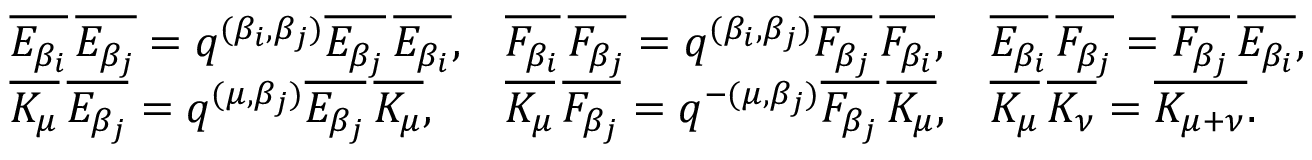
\begin{array} { l l l } { \overline { { E _ { \beta _ { i } } } } \, \overline { { E _ { \beta _ { j } } } } = q ^ { ( \beta _ { i } , \beta _ { j } ) } \overline { { E _ { \beta _ { j } } } } \, \overline { { E _ { \beta _ { i } } } } , } & { \overline { { F _ { \beta _ { i } } } } \, \overline { { F _ { \beta _ { j } } } } = q ^ { ( \beta _ { i } , \beta _ { j } ) } \overline { { F _ { \beta _ { j } } } } \, \overline { { F _ { \beta _ { i } } } } , } & { \overline { { E _ { \beta _ { i } } } } \, \overline { { F _ { \beta _ { j } } } } = \overline { { F _ { \beta _ { j } } } } \, \overline { { E _ { \beta _ { i } } } } , } \\ { \overline { { K _ { \mu } } } \, \overline { { E _ { \beta _ { j } } } } = q ^ { ( \mu , \beta _ { j } ) } \overline { { E _ { \beta _ { j } } } } \, \overline { { K _ { \mu } } } , } & { \overline { { K _ { \mu } } } \, \overline { { F _ { \beta _ { j } } } } = q ^ { - ( \mu , \beta _ { j } ) } \overline { { F _ { \beta _ { j } } } } \, \overline { { K _ { \mu } } } , } & { \overline { { K _ { \mu } } } \, \overline { { K _ { \nu } } } = \overline { { K _ { \mu + \nu } } } . } \end{array}